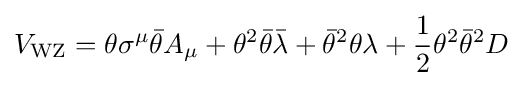
V_{\text{WZ}}=\theta \sigma ^{\mu }{\bar {\theta }}A_{\mu }+\theta ^{2}{\bar {\theta }}{\bar {\lambda }}+{\bar {\theta }}^{2}\theta \lambda +{\frac {1}{2}}\theta ^{2}{\bar {\theta }}^{2}D